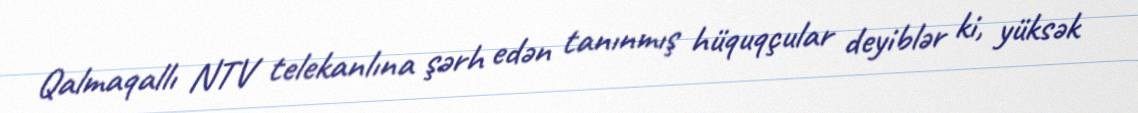
Qalmaqallı NTV telekanlına şərh edən tanınmış hüquqçular deyiblər ki, yüksək